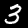
Digit: 3